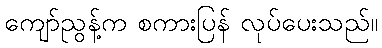
ကျော်ညွန့်က စကားပြန် လုပ်ပေးသည်။